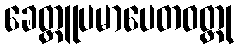
ခေတ္တူပမာပေတဝတ္ထု